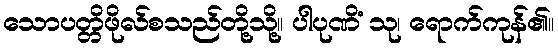
သောပတ္တိဖိုလ်စသည်တို့သို့။ ပါပုဏိံ သု၊ ရောက်ကုန်၏။